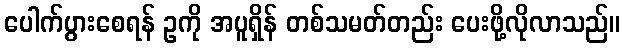
ပေါက်ပွားစေရန် ဥကို အပူရှိန် တစ်သမတ်တည်း ပေးဖို့လိုလာသည်။